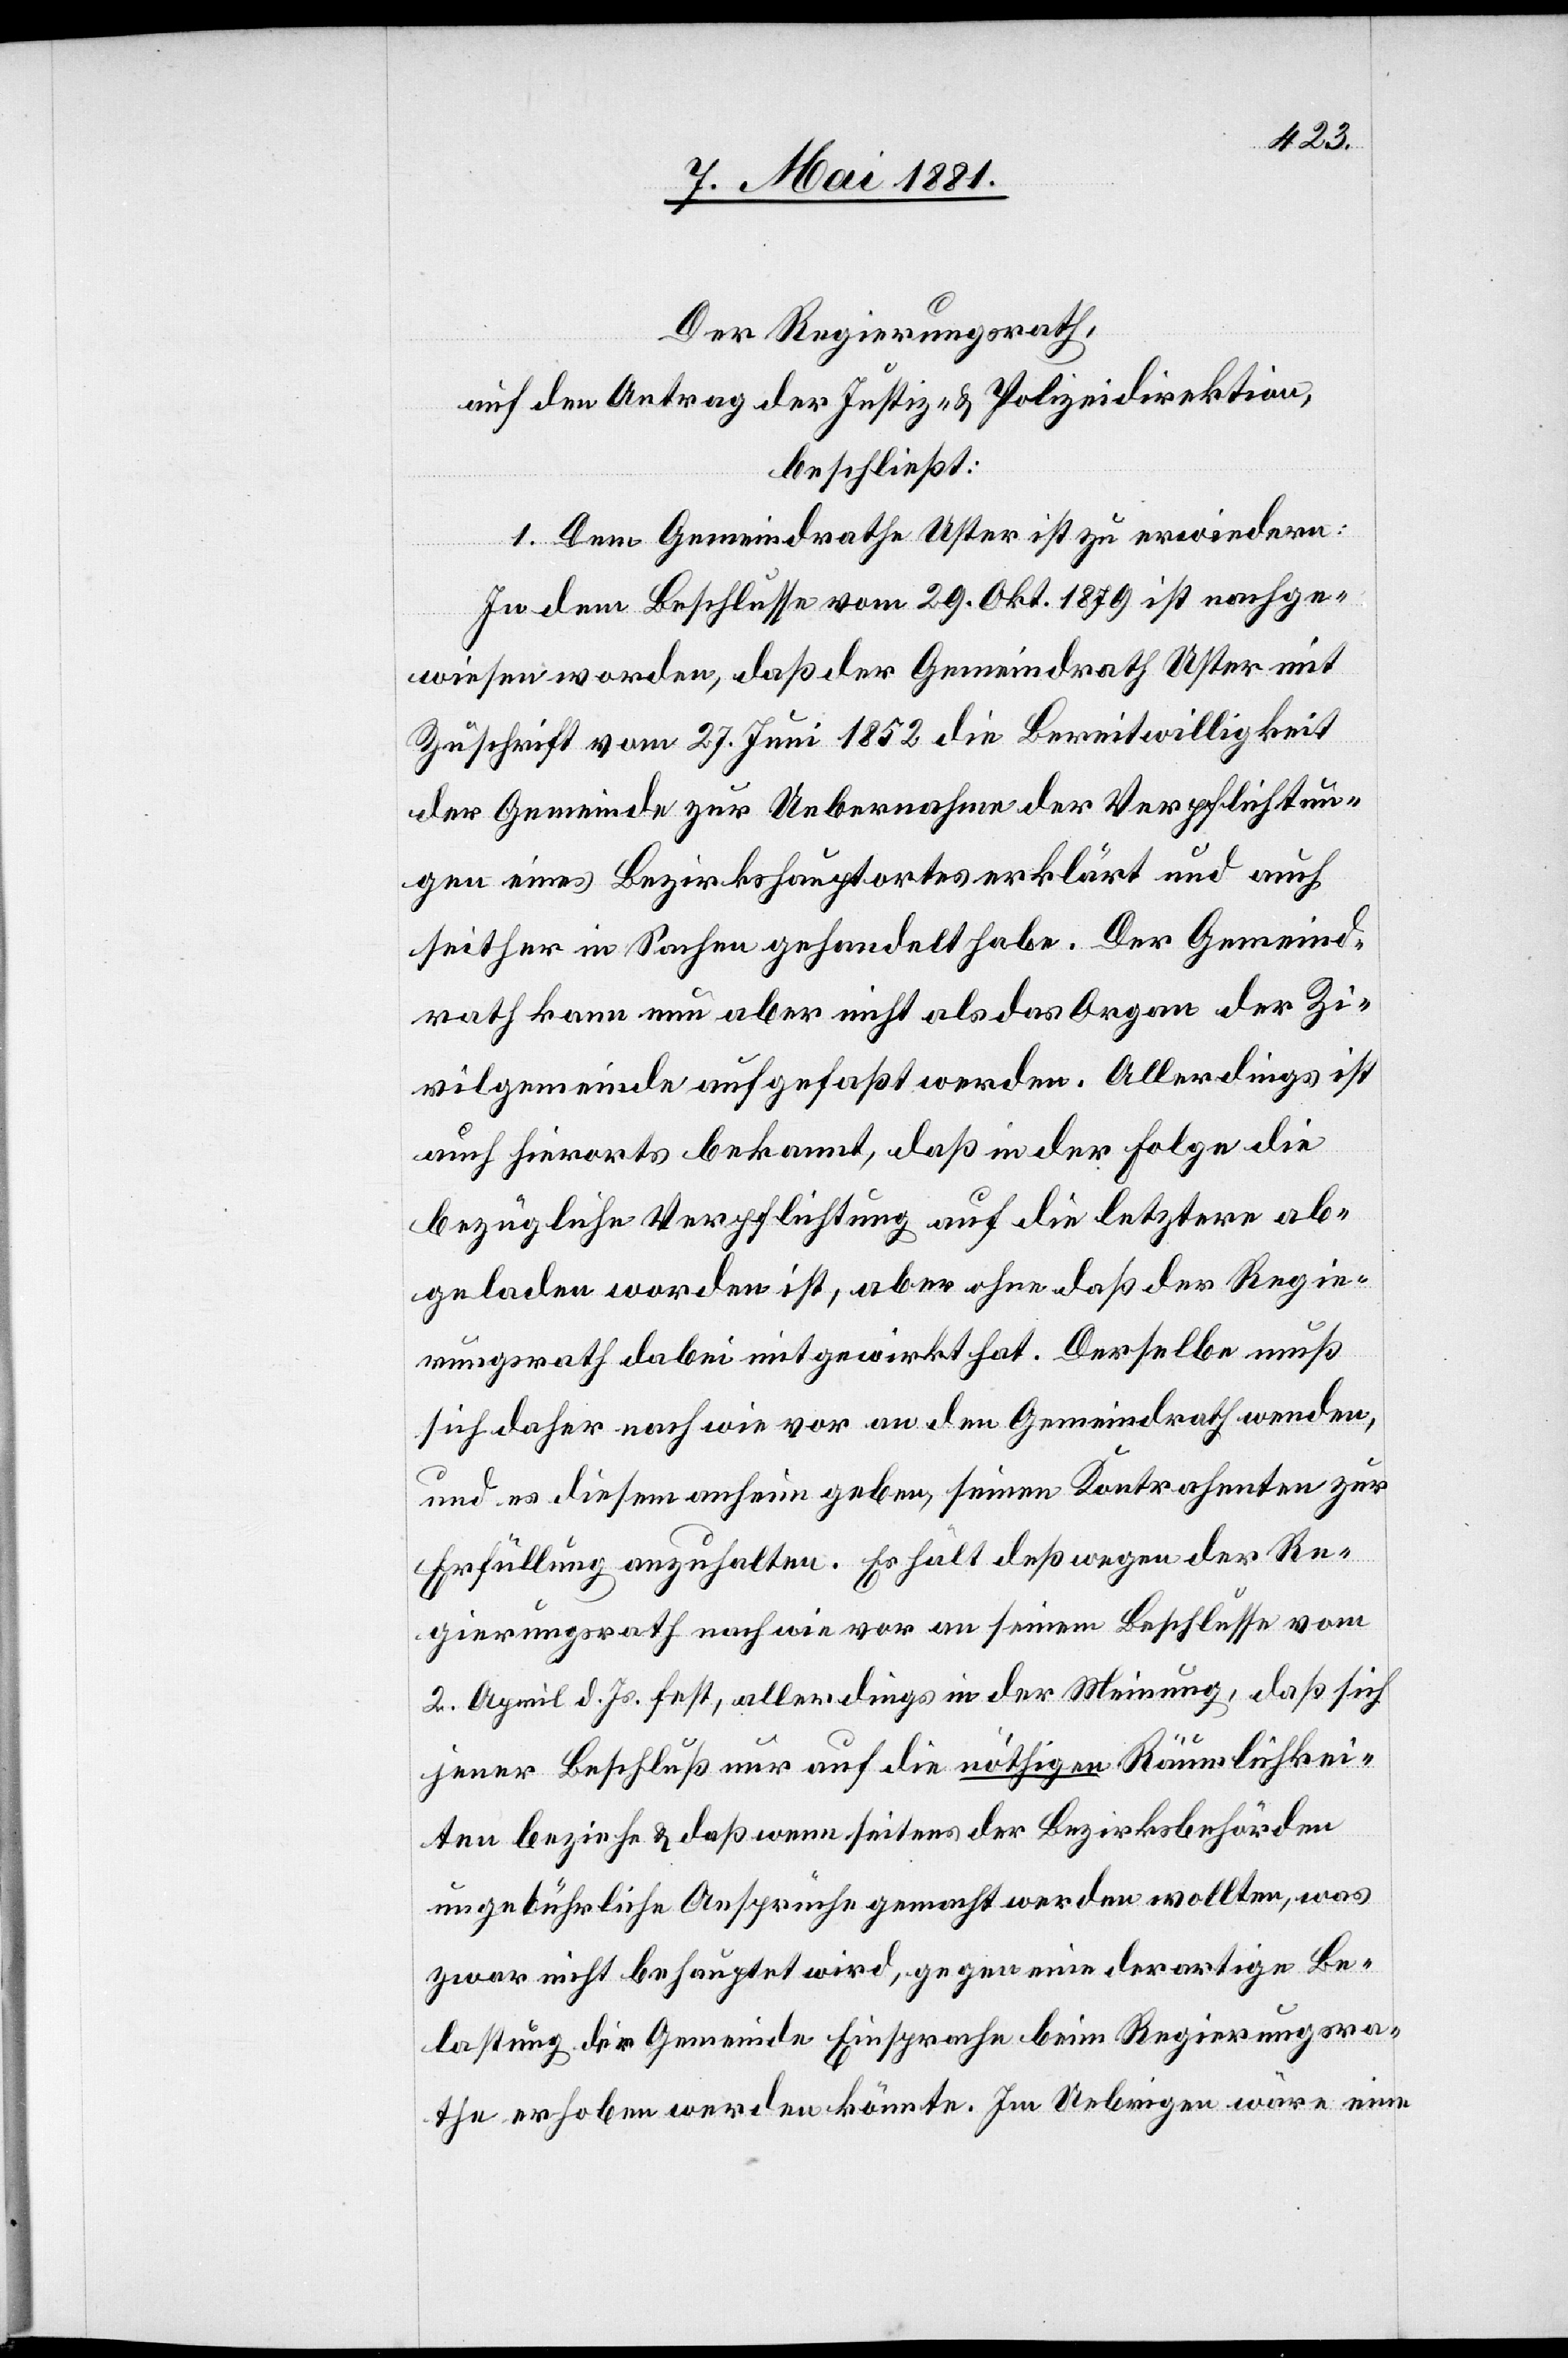
Der Regierungsrath,
auf den Antrag der Justiz- & Polizeidirektion,
beschließt:
1. Dem Gemeindrathe Uster ist zu erwiedern:
In dem Beschlusse vom 29. Okt. 1879 ist nachge¬
wiesen worden, daß der Gemeindrath Uster mit
Zuschrift vom 27. Juni 1852 die Bereitwilligkeit
der Gemeinde zur Uebernahme der Verpflichtun¬
gen eines Bezirkshauptortes erklärt und auch
seither in Sachen gehandelt habe. Der Gemeind¬
rath kann nun aber nicht als das Organ der Zi¬
vilgemeinde aufgefaßt werden. Allerdings ist
auch hierorts bekannt, daß in der Folge die
bezügliche Verpflichtung auf die letztere ab¬
geladen worden ist, daher ohne daß der Regie¬
rungsrath dabei mitgewirkt hat. Derselbe muß
sich daher nach wie vor an den Gemeindrath wenden,
und es diesem anheim geben, seinen Kontrahenten zur
Erfüllung anzuhalten. Er hält deßwegen der Re¬
gierungsrath nach wie vor an seinem Beschlusse vom
2. April d. Js. fest, allerdings in der Meinung, daß sich
jener Beschluß nur auf die nöthigen Räumlichkei¬
ten beziehe & daß wenn seitens der Bezirksbehörden
ungebührliche Ansprüche gemacht werden wollten, was
zwar nicht behauptet wird, gegen eine derartige Be¬
lastung die Gemeinde Einsprache beim Regierungsra¬
the erhoben werden könnte. Im Uebrigen wäre eine